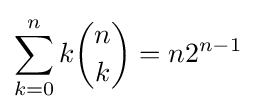
\sum _{k=0}^{n}k{\binom {n}{k}}=n2^{n-1}